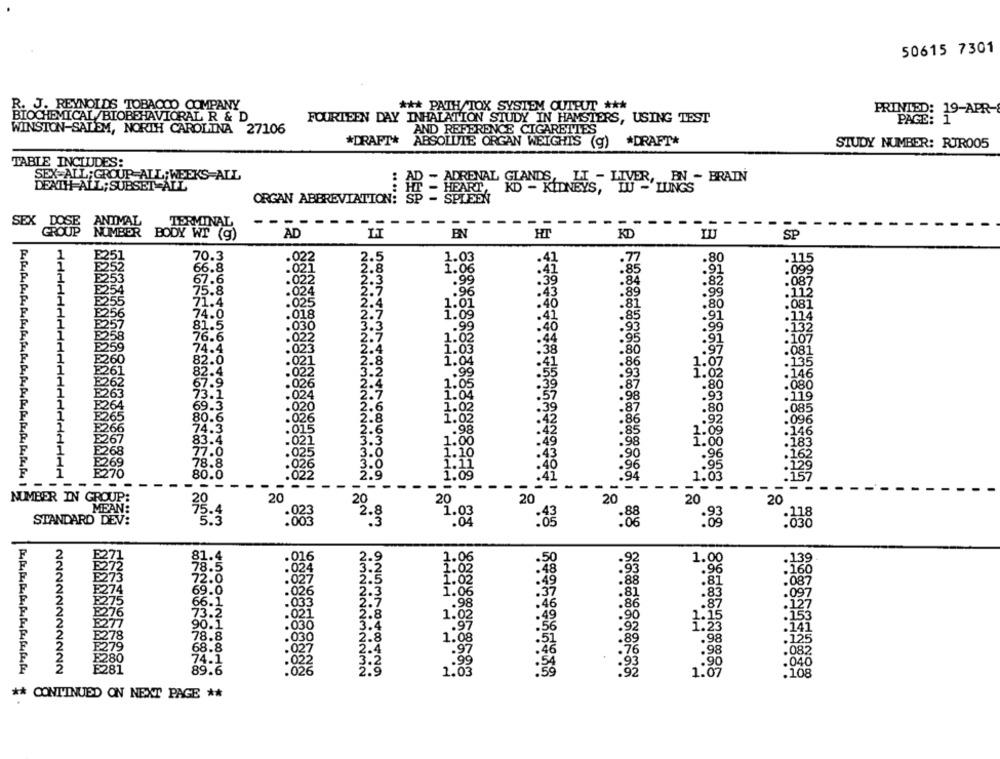
50615 7301
R. J. REYNOLDS TOBACCO COMPANY
*** PATH/TOX SYSTEM OUTPUT ***
PRINTED: 19-APR-
BIOCHEMICAL /BIOBEHAVIORAL R & D
FOURTEEN DAY INHALATION STUDY IN HAMSTERS, USING TEST
PAGE: 1
WINSTON-SALEM, NORTH CAROLINA 27106
AND REFERENCE CIGARETTES
*DRAFT*
ABSOLUTE ORGAN WEIGHTS (g) *DRAFT*
STUDY NUMBER: RUR005
TABLE INCLUDES:
SEX ALL; GROUP ALL; WEEKS-ALL
BART, KD - KIDNEYS, LIBR ,, EN - BRAIN
DEATH ALL; SUBSET ALL
ORGAN ABBREVIATION:
-
ANIMAL
TERMINAL
-
----
-
SEX POUP NUMBER BODY WI (g)
AD
EN
HT
KD
SP
70.3
022
.115
1.03
41
.80
66.8
.021
.85
.099
67.6
022
.39
.84
.82
.087
75.8
.024
43
.89
.99
.115
.025
40
.81
.081
222222
58374
1.07
.80
74.0
.018
41
.85
.91
.114
81.5
.030
.99
40
.93
.99
.132
76.6
1.02
.44
.95
.107
74.4
1.0€
-80
.97
08
: 023
38
82.0
.02
1.0
41
.86
1.07
135
.022
1.02
14€
.026
.80
080
63
.024
119
.93
69.3
.020
1.02
.80
.08
65
80.6
.02€
.096
1.0
.92
:26
74.3
.01C
.98
526
83.4
1.00
1.00
E268
1.10
.96
160
0
78.8
.95
129
E270
80.0
2.9
732
.09
1.03
NUMBER IN GROUP:
20
20
20
20
20
20
MEAN:
1.03
STANDARD DEV:
:3
:083
78
88
:8
:838
22-3
81.4
.016
1.00
78.
.96
: 160
E223
02
.087
72.0
. 8
E274
69.0
02
1.06
81
097
.83
E275
66.1
.033
98
86
'87
127
2276
73.2
.49
90
·037
1.0
E277
90.1
92
1:35
.141
E278
78.8
.125
1.
89
.98
F279
68.8
76
.082
£280
74.1
93
NNNNNNNNNNN
Ê281
89.6
NONNNNMNNMIN
1.0
1.07
. 108
** CONTINUED ON NEXT PAGE **